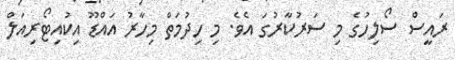
ރައީސް ސޯލިހުގެ މި ސަރުކާރުގަ އެވެ. މި ހިދުމަތް މިހާރު އައްޑޫ އިކުއިޓޯރިއަލް